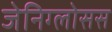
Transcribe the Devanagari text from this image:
जेनिग्लोसस